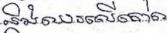
និងឈរលើ